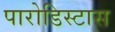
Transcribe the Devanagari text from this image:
पारोडिस्टास